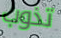
تذوب